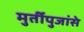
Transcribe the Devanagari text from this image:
मुर्तीपुजांसे